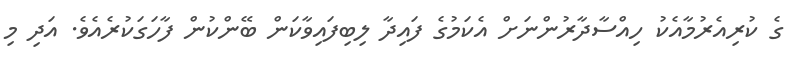
ގެ ކުރިއެރުމާއެކު ހިއްސާދާރުންނަށް އެކަމުގެ ފައިދާ ލިބިފައިވާކަން ބޭންކުން ފާހަގަކުރެއެވެ. އަދި މި